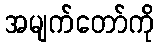
အမျက်တော်ကို